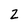
Character: 2